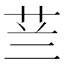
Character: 𮶟